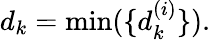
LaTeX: d_{k}=\operatorname*{min}(\{ d_{k}^{(i)}\} ).